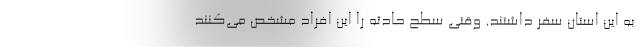
به این استان سفر داشتند. وقتی سطح حادثه را این افراد مشخص می‌کنند